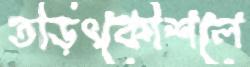
তড়িৎকৌশলে